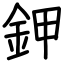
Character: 鉀